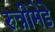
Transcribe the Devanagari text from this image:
रुन्नीमेडे